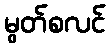
မွတ်စလင်